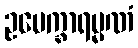
ဥပေက္ခာရမ္မဏံ